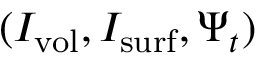
( I _ { \mathrm { v o l } } , I _ { \mathrm { s u r f } } , \Psi _ { t } )